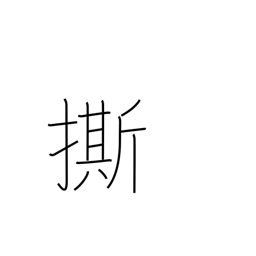
Meaning: warn against